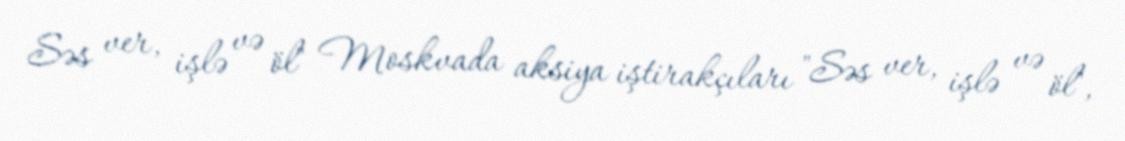
Səs ver, işlə və öl" Moskvada aksiya iştirakçıları "Səs ver, işlə və öl",